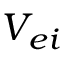
V _ { e i }